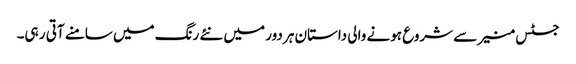
جسٹس منیر سے شروع ہونے والی داستان ہر دور میں نئے رنگ میں سامنے آتی ر ہی۔